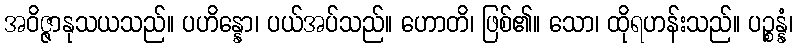
အဝိဇ္ဇာနုသယသည်။ ပဟိန္နော၊ ပယ်အပ်သည်။ ဟောတိ၊ ဖြစ်၏။ သော၊ ထိုရဟန်းသည်။ ပဉ္စန္နံ၊